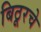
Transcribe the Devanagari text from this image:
बिठूरचे